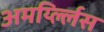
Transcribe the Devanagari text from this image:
अमर्य्ल्लिस